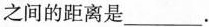
之间的距离是___.